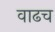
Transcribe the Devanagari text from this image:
वाढच